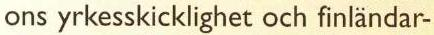
ons yrkesskicklighet och finländar-